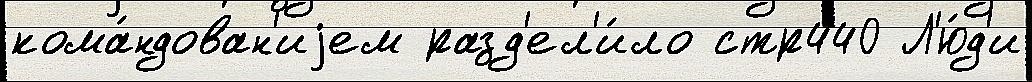
кома́ндован'иjем разд'ел'и́ло стр440 Л'ю́д'и